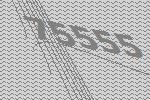
75555